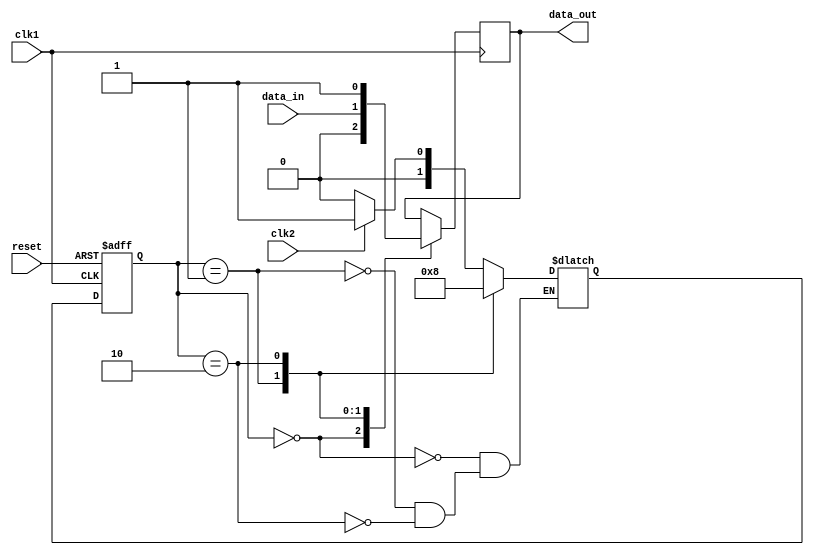
module synchronizer (
    input wire clk1,
    input wire clk2,
    input wire reset,
    input wire data_in,
    output reg data_out
);

reg [1:0] state;
reg [1:0] next_state;

parameter IDLE = 2'b00;
parameter CAPTURE = 2'b01;
parameter STROBE = 2'b10;

always @(posedge clk1 or posedge reset) begin
    if (reset) begin
        state <= IDLE;
    end else begin
        state <= next_state;
    end
end

always @(*) begin
    case(state)
        IDLE: begin
            if (clk2) begin
                next_state = CAPTURE;
            end else begin
                next_state = IDLE;
            end
        end
        CAPTURE: begin
            next_state = STROBE;
        end
        STROBE: begin
            next_state = IDLE;
        end
    endcase
end

always @(posedge clk1) begin
    case(state)
        IDLE: begin
            data_out <= 1'b0;
        end
        CAPTURE: begin
            data_out <= data_in;
        end
        STROBE: begin
            data_out <= 1'b1;
        end
    endcase
end

endmodule